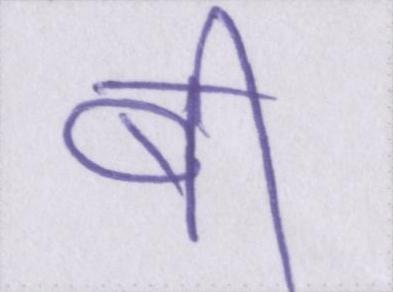
बी